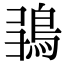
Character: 𩿮